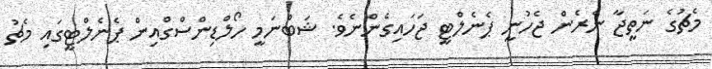
މެޗުގެ ނަތީޖާ ނެރެން ޖެހުނީ ޕެނެލްޓީ ޖަހައިގެންނެވެ. ޝަބްނަމީ ހޯލްޑިންސްގްއިން ޕެނެލްޓީގައި މެޗު